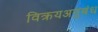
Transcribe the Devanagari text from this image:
विक्रयअनुबंध